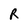
Character: R